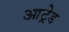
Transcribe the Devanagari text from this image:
आट्रेड